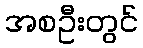
အစဦးတွင်